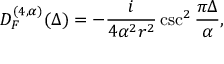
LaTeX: D _ { { \cal F } } ^ { ( 4 , \alpha ) } ( \Delta ) = - \frac { i } { 4 \alpha ^ { 2 } r ^ { 2 } } \csc ^ { 2 } \frac { \pi \Delta } { \alpha } ,